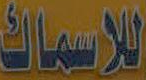
للاسماك